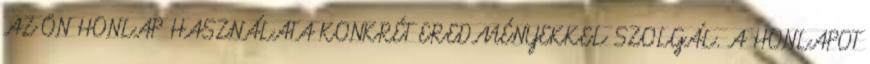
AZ ÖN HONLAP HASZNÁLATA KONKRÉT EREDMÉNYEKKEL SZOLGÁL. A HONLAPOT